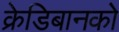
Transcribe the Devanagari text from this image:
क्रेडिबानको